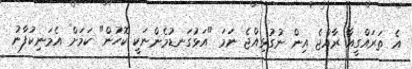
އެ ތަރައްގީއާ ރާއްޖެ އިން ނުގުޅިއްޖެ ނަމަ "އަޅުގަނޑުމެންނަކީ ކޮހުން" ކަމަށް އެމަނިކުފާނު